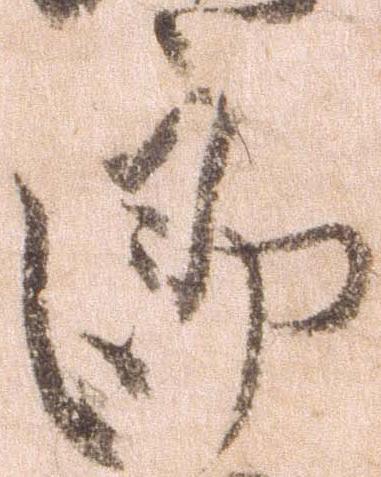
郎